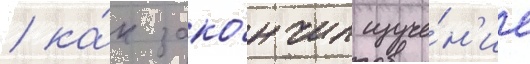
/ ка́к зако́нчил изуче́н'ие